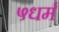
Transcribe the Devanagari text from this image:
५धर्म